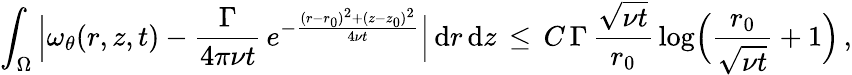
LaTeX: \int_{\Omega}\, \Bigl|\omega_{\theta}(r,z,t)-\frac{\Gamma}{4\pi\nu t}\, e^{-\frac{(r-r_{0})^{2}+(z-z_{0})^{2}}{4\nu t}}\Bigr|\, \mathrm{d}r\, \mathrm{d}z\, \le\, C\, \Gamma\, \frac{\sqrt{\nu t}}{r_{0}}\, \log\Bigl(\frac{r_{0}}{\sqrt{\nu t}}+1\Bigr)\, ,